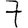
Digit: 7